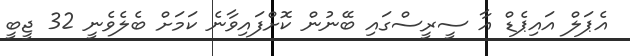
އެޕަލް އައިޕެޑް އާ ސީރީސްގައި ބޭނުން ކޮށްފައިވާނެ ކަމަށް ބެލެވެނީ 32 ޖީބީ